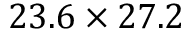
2 3 . 6 \times 2 7 . 2